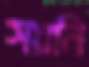
সয়নি